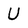
Character: U